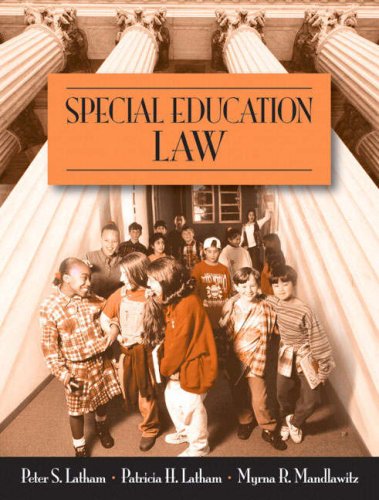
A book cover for Special Education Law; Patricia H Latham; Health, Fitness & Dieting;